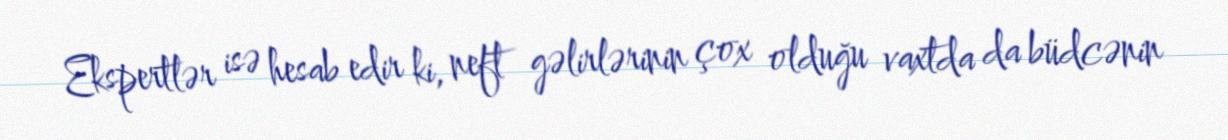
Ekspertlər isə hesab edir ki, neft gəlirlərinin çox olduğu vaxtda da büdcənin